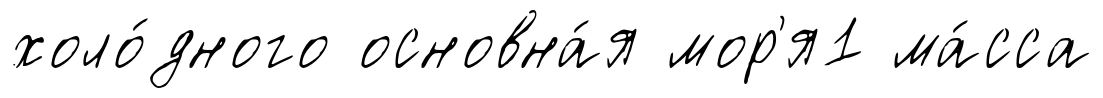
холо́дного основна́я мор'я1 ма́сса